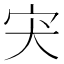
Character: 宊